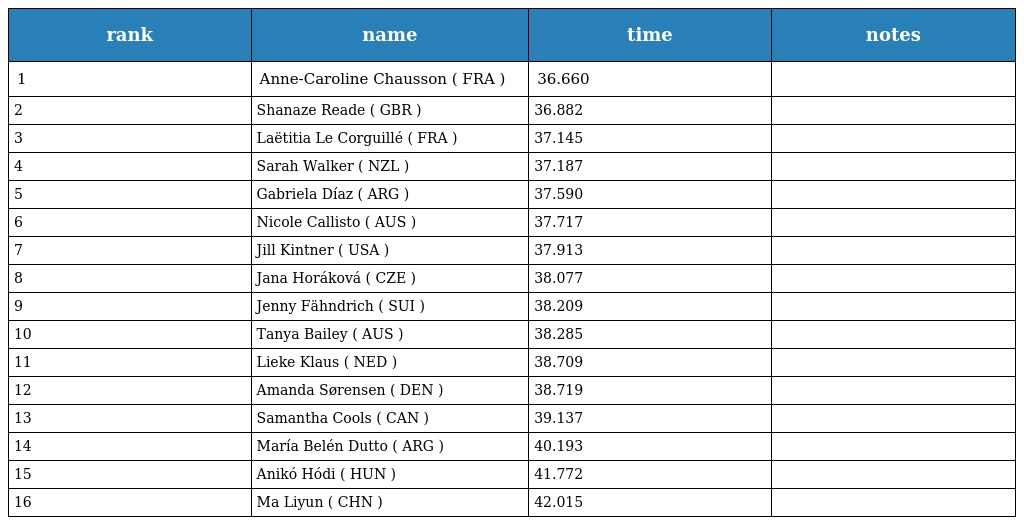
| rank | name | time | notes |
 | --- | --- | --- | --- |
 | 1 | Anne-Caroline Chausson ( FRA ) | 36.660 |  |
 | 2 | Shanaze Reade ( GBR ) | 36.882 |  |
 | 3 | Laëtitia Le Corguillé ( FRA ) | 37.145 |  |
 | 4 | Sarah Walker ( NZL ) | 37.187 |  |
 | 5 | Gabriela Díaz ( ARG ) | 37.590 |  |
 | 6 | Nicole Callisto ( AUS ) | 37.717 |  |
 | 7 | Jill Kintner ( USA ) | 37.913 |  |
 | 8 | Jana Horáková ( CZE ) | 38.077 |  |
 | 9 | Jenny Fähndrich ( SUI ) | 38.209 |  |
 | 10 | Tanya Bailey ( AUS ) | 38.285 |  |
 | 11 | Lieke Klaus ( NED ) | 38.709 |  |
 | 12 | Amanda Sørensen ( DEN ) | 38.719 |  |
 | 13 | Samantha Cools ( CAN ) | 39.137 |  |
 | 14 | María Belén Dutto ( ARG ) | 40.193 |  |
 | 15 | Anikó Hódi ( HUN ) | 41.772 |  |
 | 16 | Ma Liyun ( CHN ) | 42.015 |  |